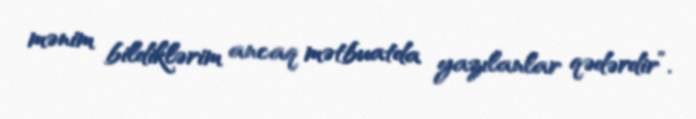
mənim bildiklərim ancaq mətbuatda yazılanlar qədərdir”.